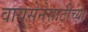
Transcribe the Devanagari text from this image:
वायुसेनेसाठीच्या